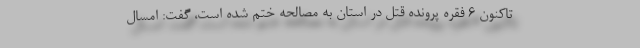
تاکنون ۶ فقره پرونده قتل در استان به مصالحه ختم شده است، گفت: امسال